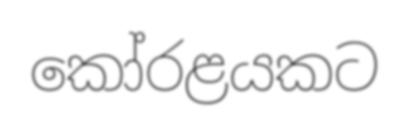
කෝරළයකට